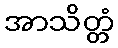
အာသိတ္တံ